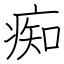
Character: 痴